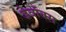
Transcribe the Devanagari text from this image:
डेवॉक्स